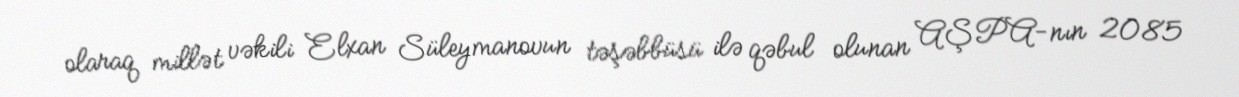
olaraq millət vəkili Elxan Süleymanovun təşəbbüsü ilə qəbul olunan AŞPA-nın 2085